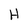
Character: H